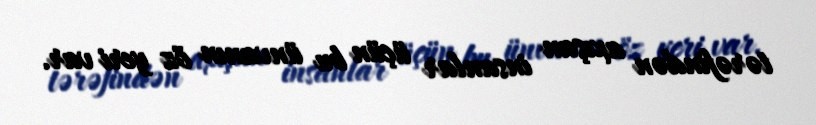
tərəfindən axışan insanlar üçün bu ünvanın öz yeri var.